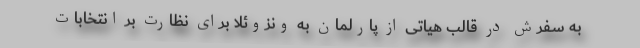
به سفرش در قالب هیاتی از پارلمان به ونزوئلا برای نظارت بر انتخابات